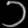
Digit: ၁